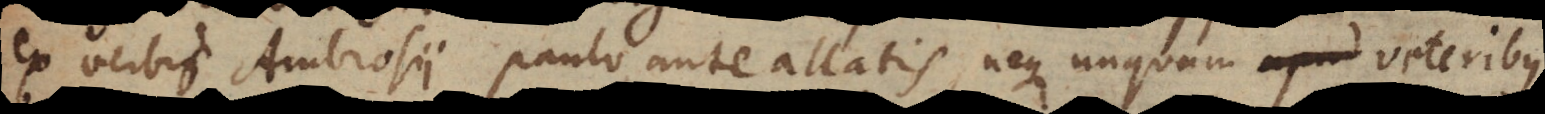
ex verbis Ambrosii paulo ante allatis, neque unquam veteribus